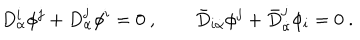
D _ { \alpha } ^ { i } \phi ^ { j } + D _ { \alpha } ^ { j } \phi ^ { i } = 0 \ , \qquad \bar { D } _ { i \dot { \alpha } } \phi ^ { j } + \bar { D } _ { \dot { \alpha } } ^ { j } \phi _ { i } = 0 \ .